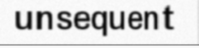
unsequent